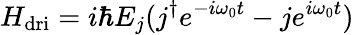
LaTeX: H_{\mathrm{{dri}}}=i\hbar E_{j}(j^{\dagger}e^{-i\omega_{0}t}-je^{i\omega_{0}t})